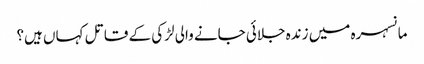
مانسہرہ میں زندہ جلائی جانے والی لڑکی کے قاتل کہاں ہیں؟